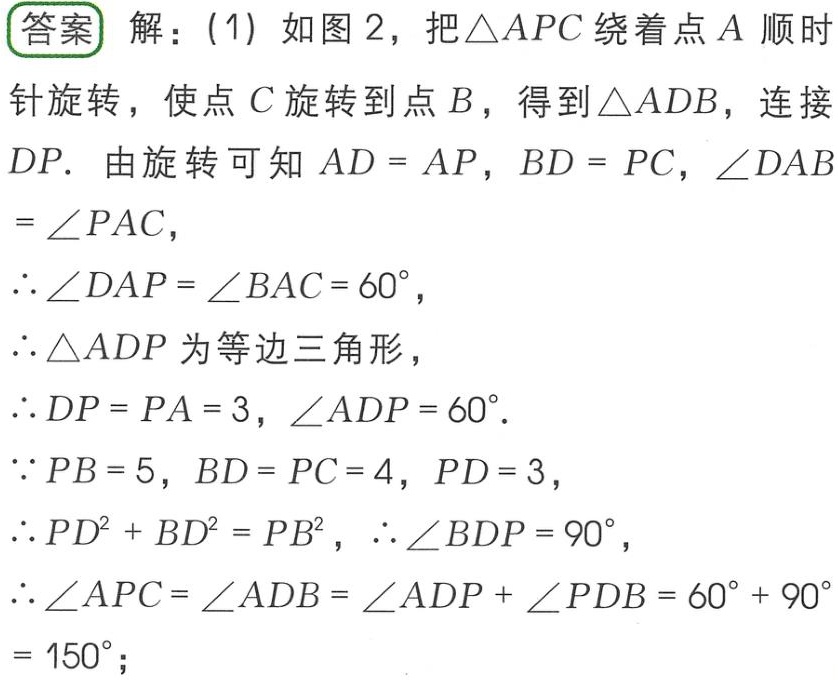
解：(1) 如图2，把$\triangle APC$绕着点$A$顺时针旋转，使点$C$旋转到点$B$，得到$\triangle ADB$，连接$DP$. 由旋转可知$AD = AP$，$BD = PC$，$\angle DAB=\angle PAC$，
$\therefore\angle DAP=\angle BAC = 60^{\circ}$，
$\therefore\triangle ADP$为等边三角形，
$\therefore DP = PA = 3$，$\angle ADP = 60^{\circ}$.
$\because PB = 5$，$BD = PC = 4$，$PD = 3$，
$\therefore PD^{2}+BD^{2}=PB^{2}$，$\therefore\angle BDP = 90^{\circ}$，
$\therefore\angle APC=\angle ADB=\angle ADP+\angle PDB = 60^{\circ}+90^{\circ}=150^{\circ}$；